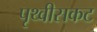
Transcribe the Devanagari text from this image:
पृथ्वीसकट